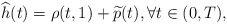
LaTeX: \begin{align*}\widehat h(t) = \rho(t,1) + \widetilde p(t), \forall t\in (0,T),\end{align*}